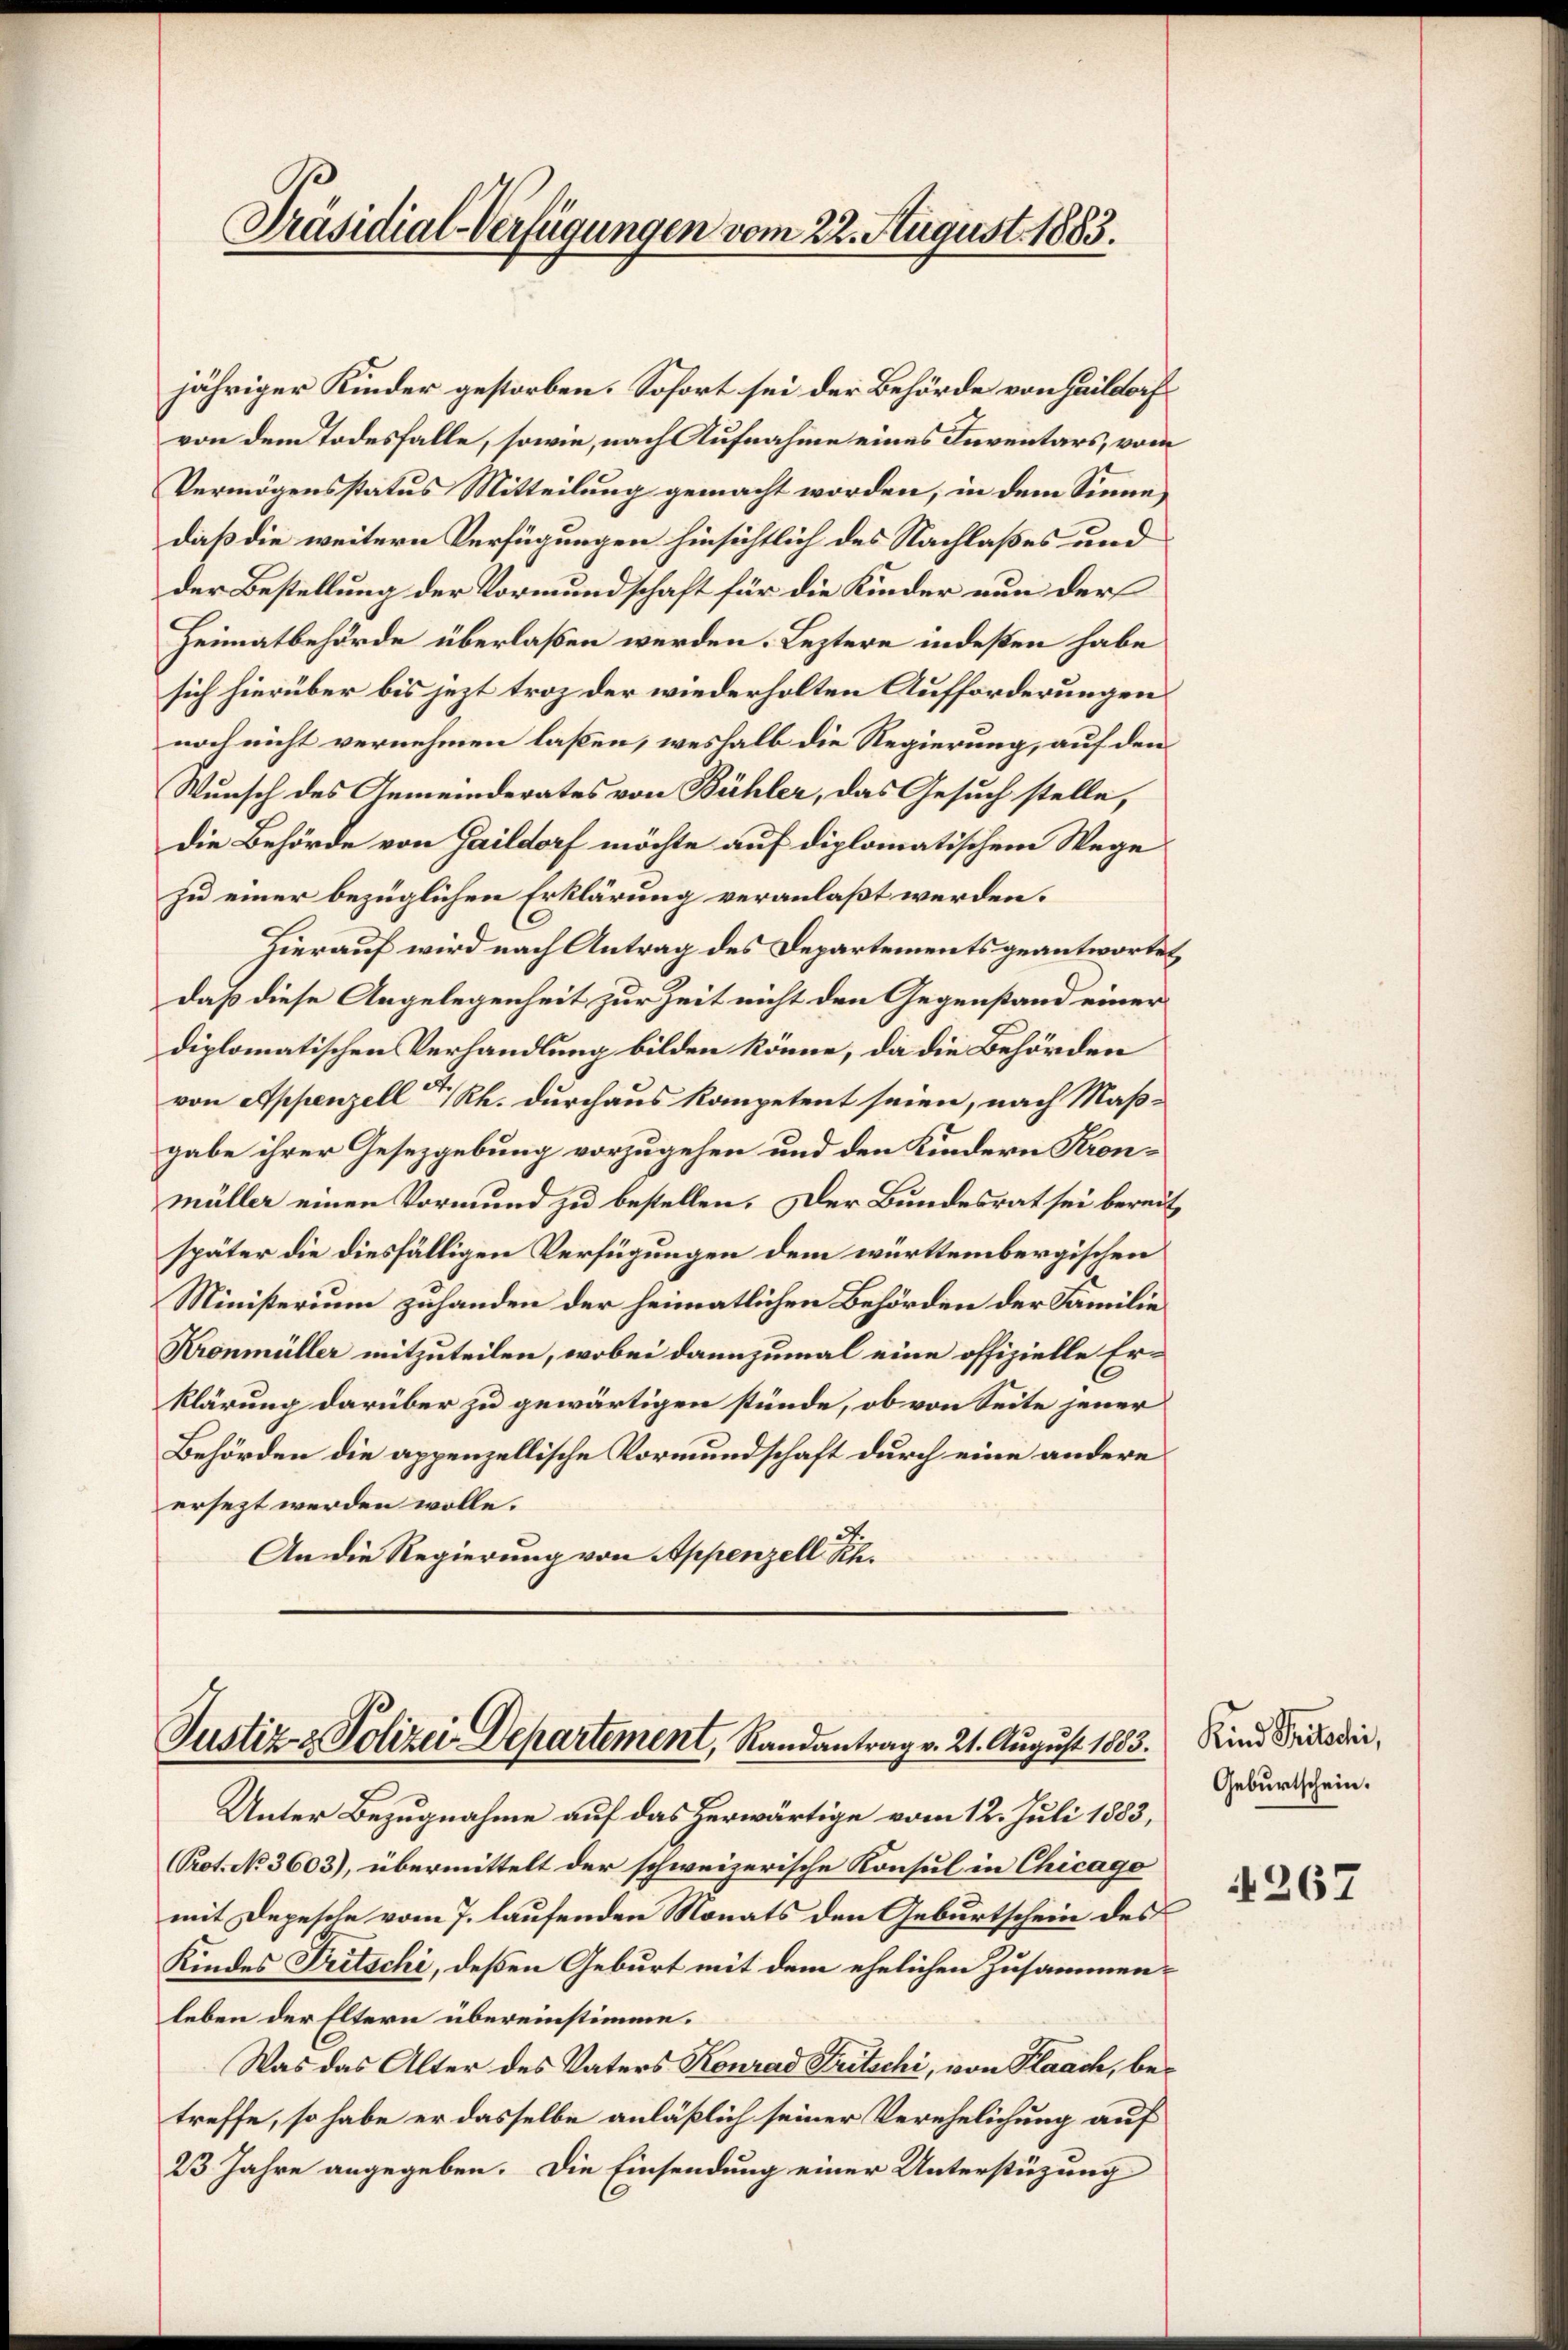
Präsidial-Verfügungen vom 22. August 1883.

jähriger Kinder gestorben. Sofort sei der Behörde von Haildorf
von dem Todesfalle, sowie, nach Aufnahme eines Inventars, vom
Vermögensstatus Mitteilung gemacht worden, in dem Sinne,
daß die weitern Verfügungen hinsichtlich des Nachlaßes und
der Bestellung der Vormundschaft für die Kinder nun der
Heimatbehörde überlaßen werden. Leztere indeßen habe
sich hierüber bis jezt troz der wiederholten Aufforderungen
noch nicht vernehmen laßen, weshalb die Regierung, auf den
Wunsch des Gemeinderates von Bühler, das Gesuch stelle,
die Behörde von Gaildorf möchte auf diplomatischem Wege
zu einer bezüglichen Erklärung veranlaßt werden.
Hierauf wird nach Antrag des Departements geantwortet,
daß diese Angelegenheit zur Zeit nicht den Gegenstand einer
diplomatischen Verhandlung bilden könne, da die Behörden
von Appenzell a/Rh. durchaus kompetent seien, nach Maßgabe ihrer Gesetzgebung vorzugehen und den Kindern Krond
müller einen Vormund zu bestellen. Der Bundesrat sei bereit
später die diesfälligen Verfügungen dem württembergischen
Ministerium zuhanden der heimatlichen Behörden der Familie
Kronmüller mitzuteilen, wobei dannzumal eine offizielle Erklärung darüber zu gewärtigen stünde, ob von Seite jener
Behörden die appenzellische Vormundschaft durch eine andere
ersezt werden wolle.
An die Regierung von Appenzell Sch.

Justiz & Polizei Departement, Randantrag v. 21. August 1883. Rind Prodi,

Unter Bezugnahme auf das herwärtige vom 12. Juli 1883,
Prot. No 3603), übermittelt der schweizerische Konsul in Chicago
mit Depesche vom 7. laufenden Monats den Geburtschein des
Kindes Tritschi, deßen Geburt mit dem ehelichen Zusammenleben der Eltern übereinstimme.
Was das Alter des Vaters Konrad Streitschi, von Flaach, betreffe, so habe er dasselbe anläßlich seiner Verehelichung auf
23 Jahre angegeben. Die Einsendung einer Unterstüzung

Geburtschein.

267